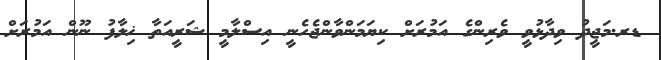
ޑރ.މަޖީދު ވިދާޅުވީ ވެރިންގެ އަމުރަށް ކިޔަމަންވާންޖެހެނީ އިސްލާމީ ޝަރީއަތާ ޚިލާފު ނޫން އަމުރަށް